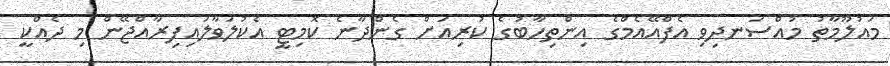
މައުލޫމާތު މުއްސަނދިވި އެފްއޭއެމްގެ އިންތިހާބުގެ ކުރިއަށް ގެންދާނެ ކޮމިޓީ އެކުލަވާލައިފިރާއްޖޭން މި ދެއްކީ